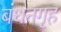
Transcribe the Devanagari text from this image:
बंधनगृह